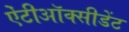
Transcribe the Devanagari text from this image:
ऐंटीऑक्सीडेंट